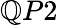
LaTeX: \mathbb{Q}P2